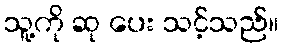
သူ့ကို ဆု ပေး သင့်သည်။